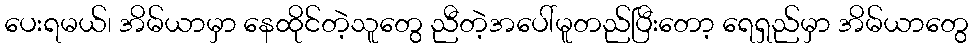
ပေးရမယ်၊ အိမ်ယာမှာ နေထိုင်တဲ့သူတွေ ညီတဲ့အပေါ်မူတည်ပြီးတော့ ရေရှည်မှာ အိမ်ယာတွေ